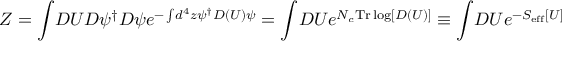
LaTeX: Z = \int \! { \cal D } U { \cal D } \psi ^ { \dagger } { \cal D } \psi e ^ { - \int \! d ^ { 4 } z \psi ^ { \dagger } D ( U ) \psi } = \int \! { \cal D } U e ^ { N _ { c } \mathrm { T r } \log [ D ( U ) ] } \equiv \int \! { \cal D } U e ^ { - S _ { \mathrm { e f f } } [ U ] }